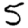
Digit: 5